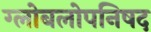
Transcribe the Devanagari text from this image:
ग्लोबलोपनिषद